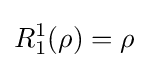
R_{1}^{1}(\rho )=\rho